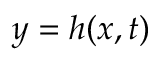
y = h ( x , t )